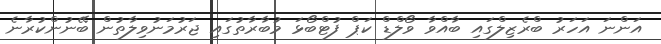
އަންނަ އަހަރު ބްރެޒިލްގައި ބާއްވާ ވޯލްޑް ކަޕް ފުޓްބޯޅަ މުބާރާތުގައި ޖަރުމަނުވިލާތުން ބޭނުންކުރާނެ